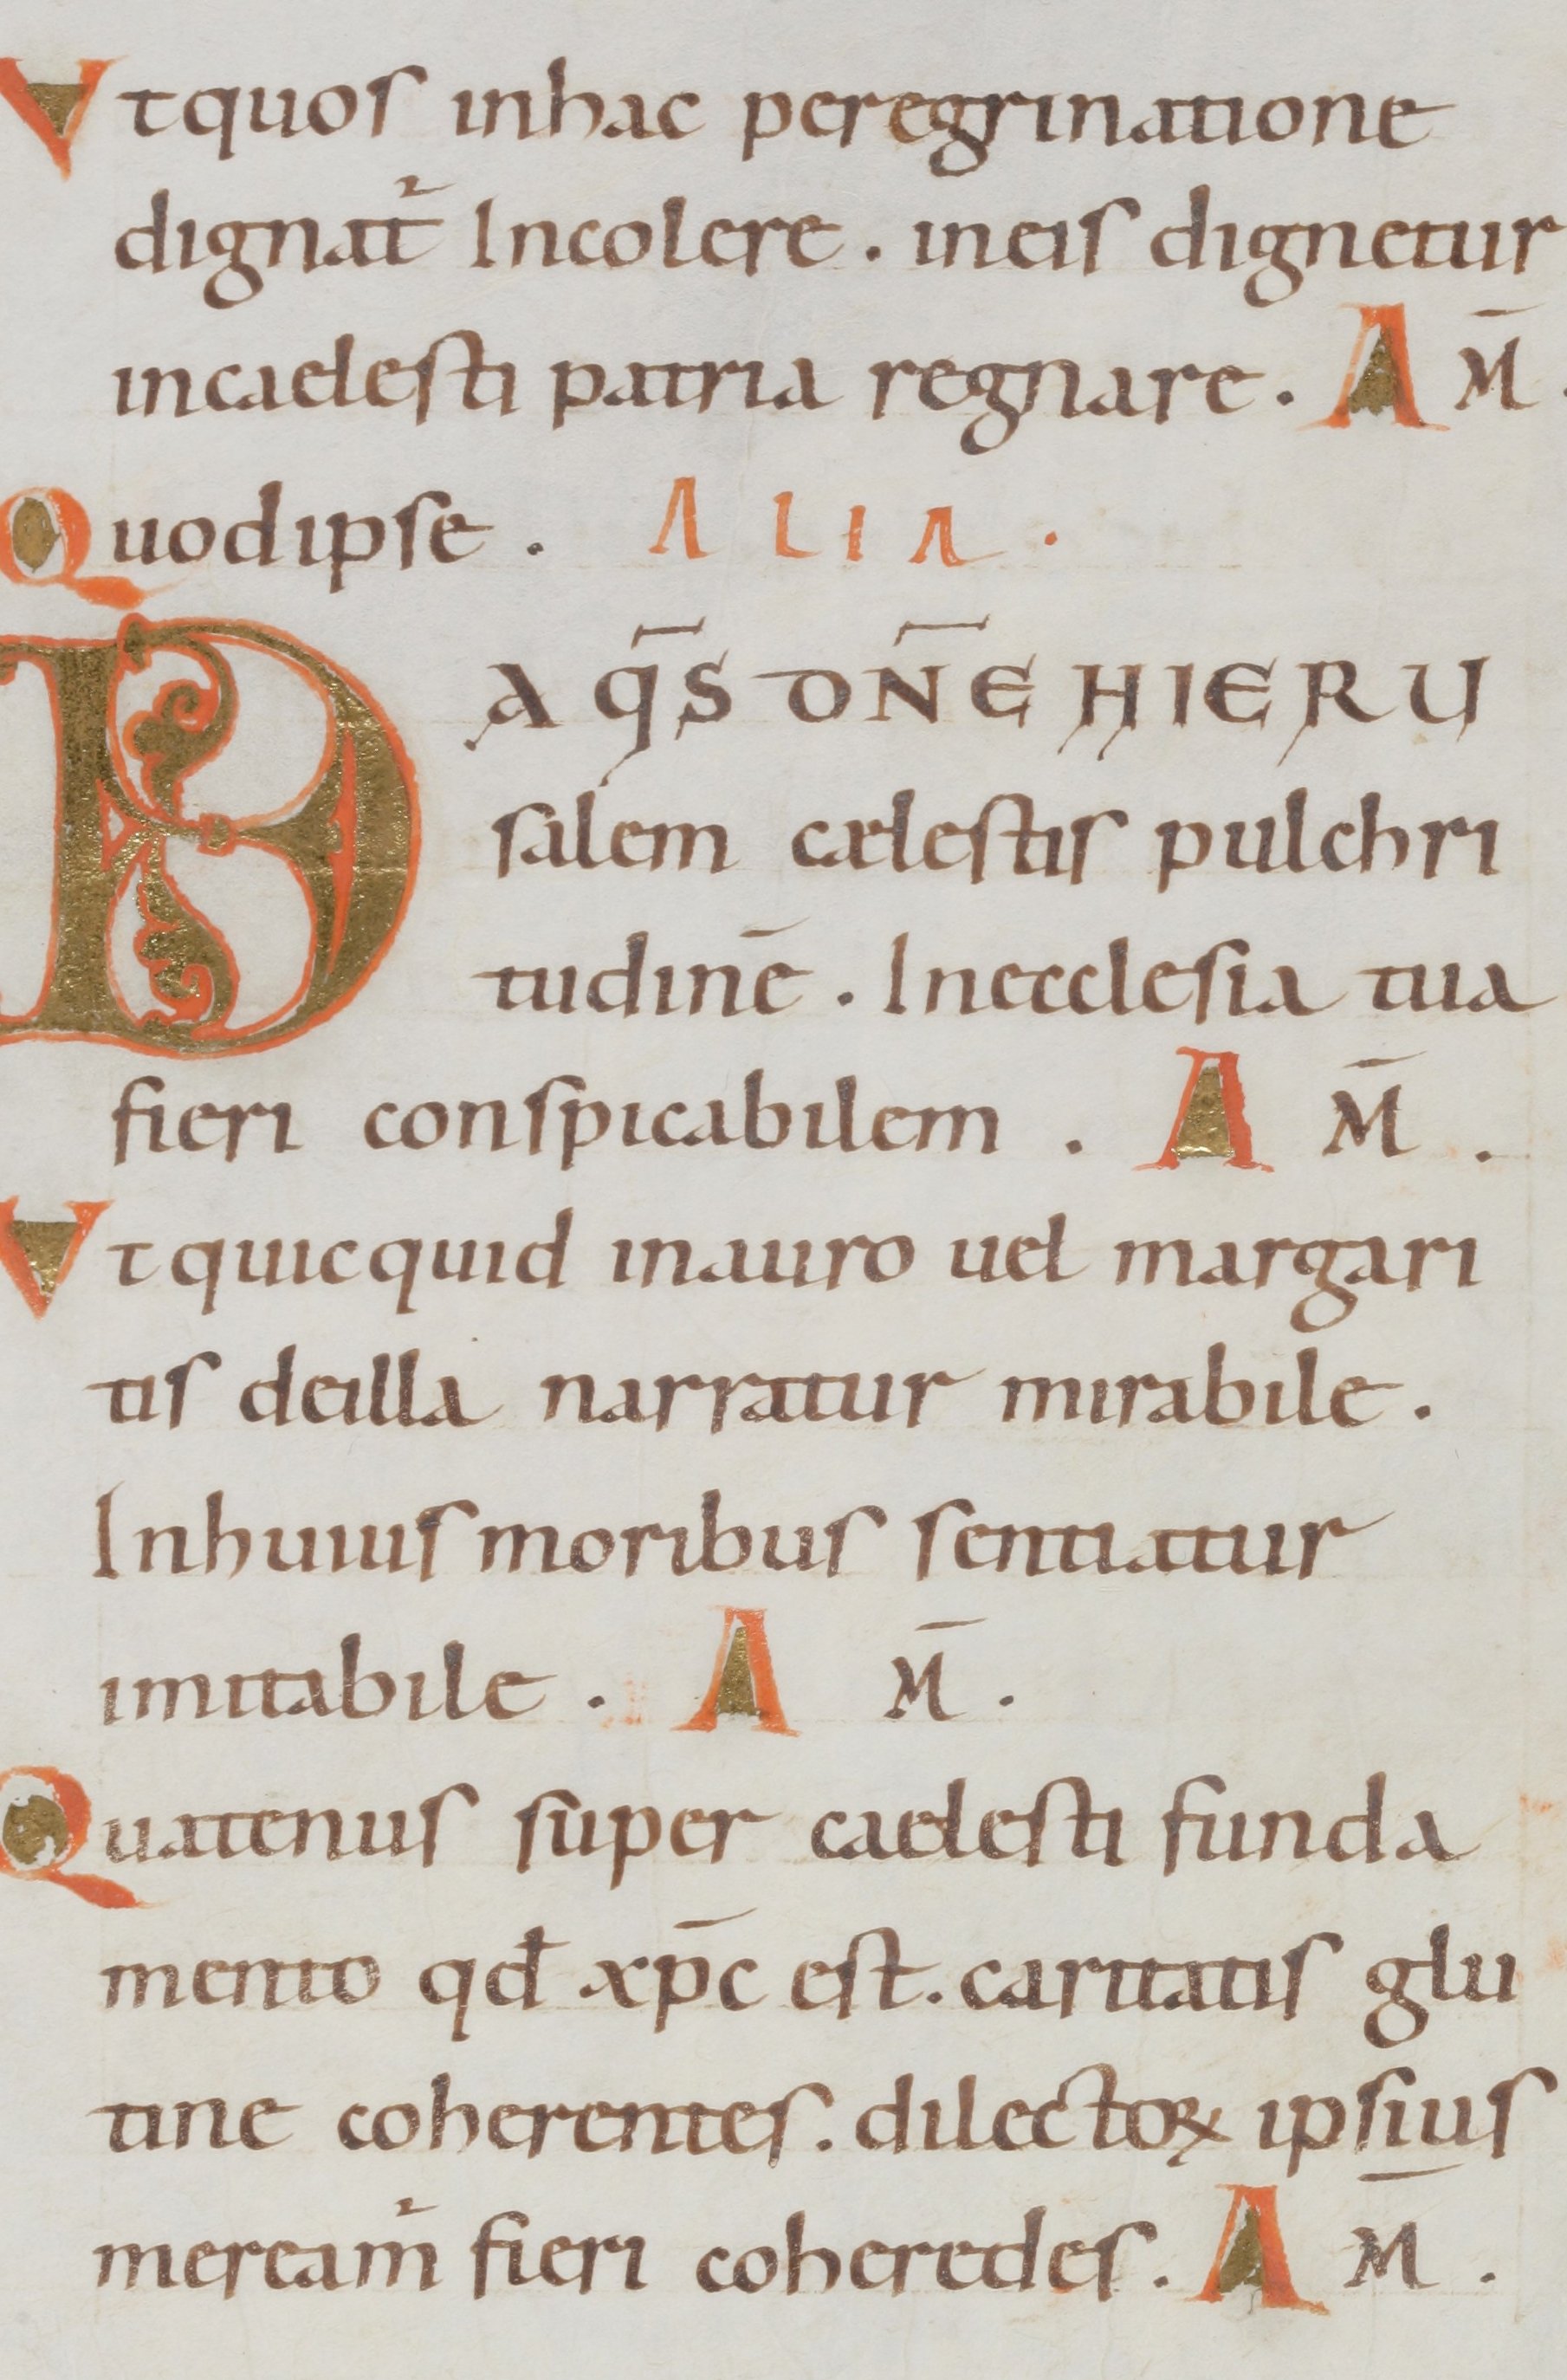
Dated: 1000–1099